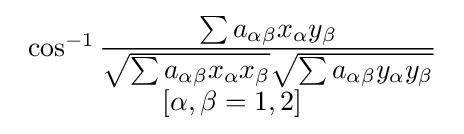
{\begin{array}{c}\cos ^{-1}{\dfrac {\sum a_{\alpha \beta }x_{\alpha }y_{\beta }}{{\sqrt {\sum a_{\alpha \beta }x_{\alpha }x_{\beta }}}{\sqrt {\sum a_{\alpha \beta }y_{\alpha }y_{\beta }}}}}\\\left[\alpha ,\beta =1,2\right]\end{array}}